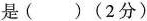
是( )(2分)